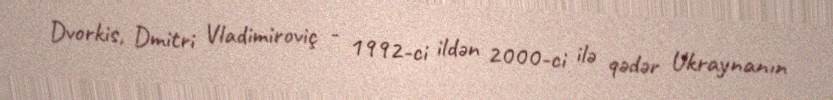
Dvorkis, Dmitri Vladimiroviç - 1992-ci ildən 2000-ci ilə qədər Ukraynanın